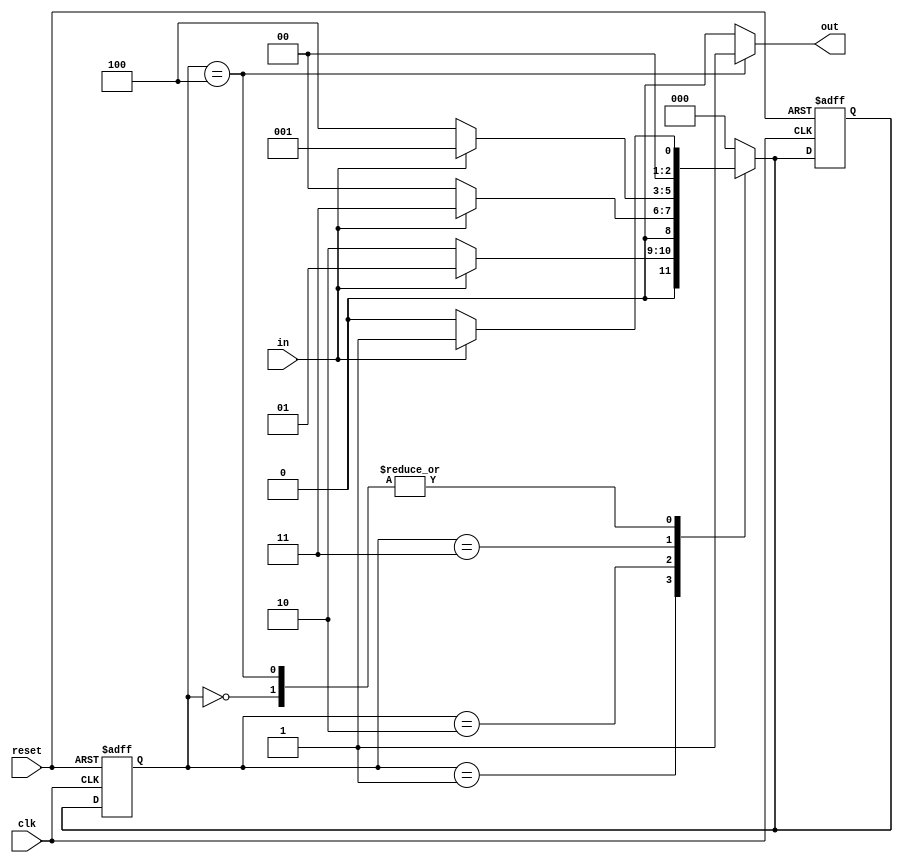
`timescale 1ns / 1ps
//////////////////////////////////////////////////////////////////////////////////
// Company: 
// Engineer: 
// 
// Design Name: 
// Module Name: MOORE_NONOV
// Project Name: 
// Target Devices: 
// Tool Versions: 
// Description: 
// 
// Dependencies: 
// 
// Revision:
// Revision 0.01 - File Created
// Additional Comments:
// 
//////////////////////////////////////////////////////////////////////////////////

module MOORE_NONOV(input clk,input reset,input in, output reg out );

 reg[2:0]current,next;
 parameter s0=3'b000,s1=3'b001,s2=3'b010,s3=3'b011,s4=3'b100;
 
 always@(posedge clk or posedge reset)begin
 if(reset)begin
 current<=s0;
 next<=s0;
 end
 else begin
    current<=next;
   end
  end
   
 always@(current,in)begin
 case(current)
 s0: begin
//     out=1'b0;
   if(in)
   next=s1;
   else
   next=s0;  
   end
 
 s1:begin
   // out=1'b0;
   if(in)
   next=s1;
   else
   next=s2;
   end

 s2:begin
   //out=1'b0;
  if(in)
  next=s3;
  else
  next=s0;
  end
 
 s3: begin
  //out=1'b0;
 if(in)
 next=s1;
 else
 next=s4;
 end

 s4:
 begin
 // out=1'b1;
 if(in)
 next=s1;
 else
 next=s0;
 end

 default: 
 next=s0;

 endcase
 end
 
always@(current)
 begin
 case(current)
    s4: out=1;
    default: out=0;
    endcase
    end 
 
 
 
 
 endmodule